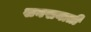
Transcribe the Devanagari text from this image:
खनखनाती